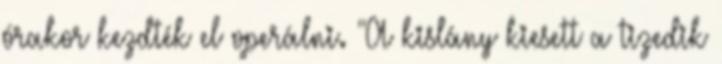
órakor kezdték el operálni. "A kislány kiesett a tizedik